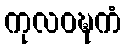
ကုလဝဍ္ဎကံ